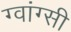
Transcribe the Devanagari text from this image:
ग्वांग्सी